Vaccination in the Punjab 1897-1904 - 1897-1904
Year: 1897
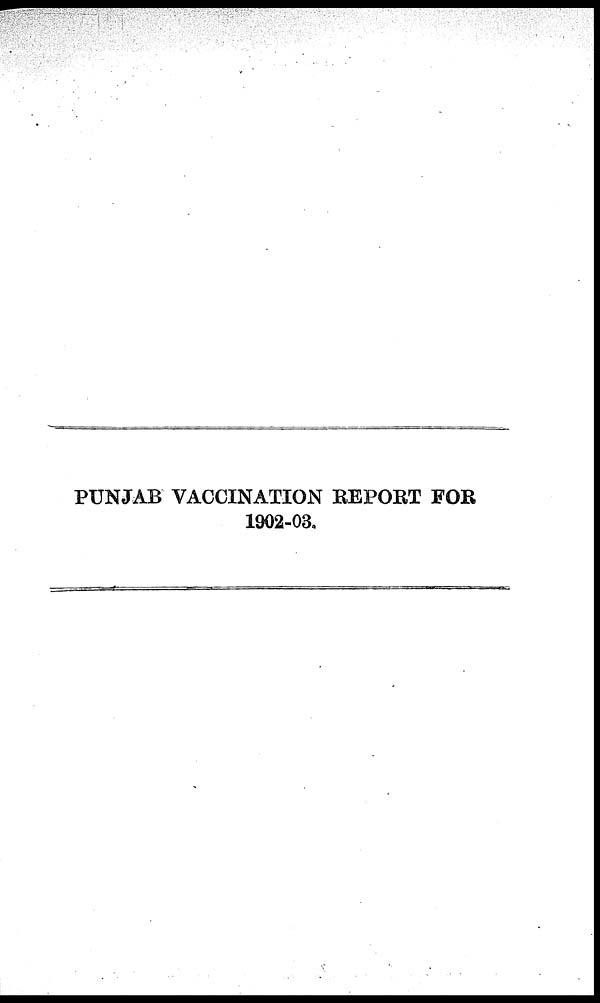
PUNJAB VACCINATION REPORT FOR
1902-03.